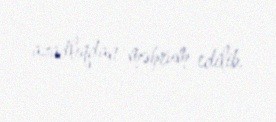
azadlıqdan məhrum edilib.